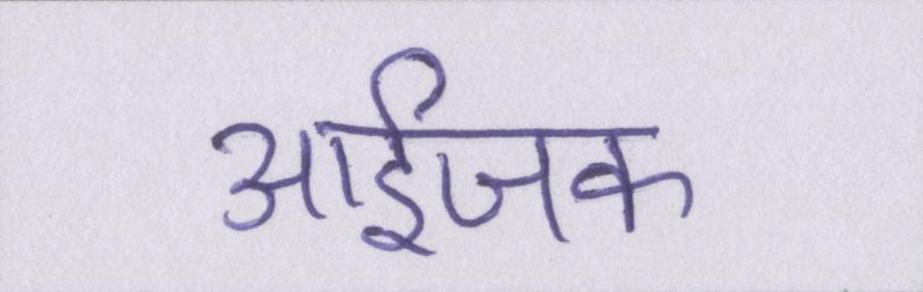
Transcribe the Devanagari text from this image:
आईजक